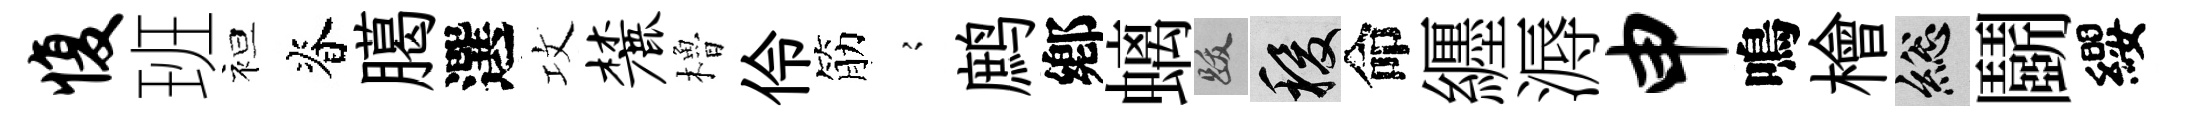
愎班袒脊臈選攻麓櫓伶筋𡪹鹧鄕螭跋稷命纒溽申鳴檜總鬬纓